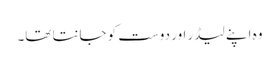
وہ اپنے لیڈر اور دوست کو جانتا تھا۔